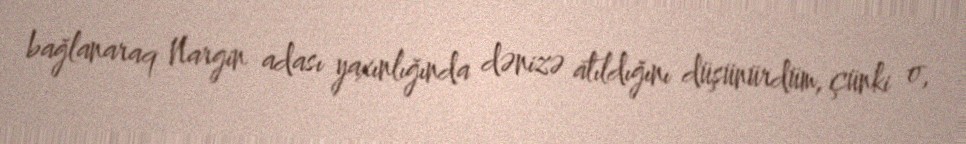
bağlanaraq Nargin adası yaxınlığında dənizə atıldığını düşünürdüm, çünki o,